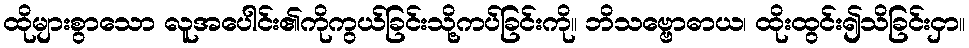
ထိုများစွာသော လူအပေါင်း၏ကိုကွယ်ခြင်းသို့ကပ်ခြင်းကို။ ဘိသဗ္ဗောဓာယ၊ ထိုးထွင်း၍သိခြင်းငှာ။